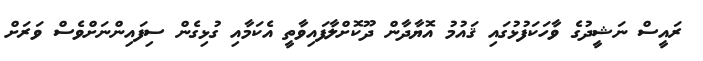
ރައީސް ނަޝީދުގެ ވާހަކަފުޅުގައި ޤައުމު އޮޔާދާން ދޫކޮށްލާފައިވާތީ އެކަމާއި ގުޅިގެން ސިފައިންނަށްވެސް ވަރަށް